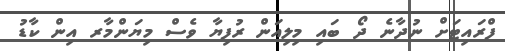
ފްރައިޓަށް ނުދާނެ ދޯ ބައި މިލިއަން ރުފިޔާ ވެސް މިޔަންމާރ އިން ކާޑު